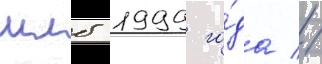
млб 1999 го́да //